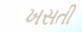
ખસતી